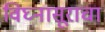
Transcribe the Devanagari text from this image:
विघ्नासूराचा